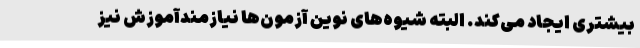
بیشتری ایجاد می‌کند. البته شیوه‌های نوین آزمون‌ها نیازمندآموزش نیز